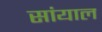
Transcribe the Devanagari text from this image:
सांयाल